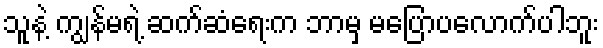
သူနဲ့ ကျွန်မရဲ့ ဆက်ဆံရေးက ဘာမှ မပြောပလောက်ပါဘူး